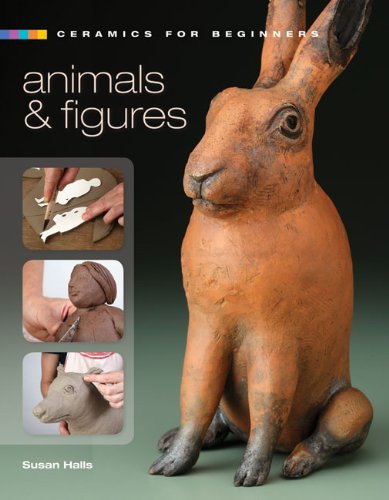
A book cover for Ceramics for Beginners: Animals & Figures (A Lark Ceramics Book); Susan Halls; Crafts, Hobbies & Home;